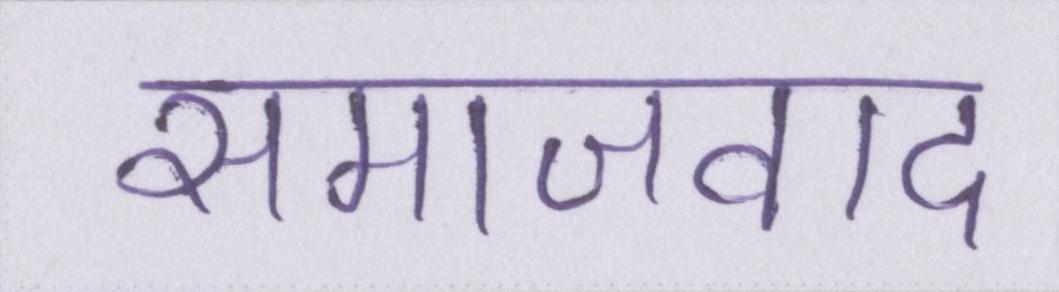
समाजवाद